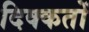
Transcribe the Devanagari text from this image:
दिक्‍कतों